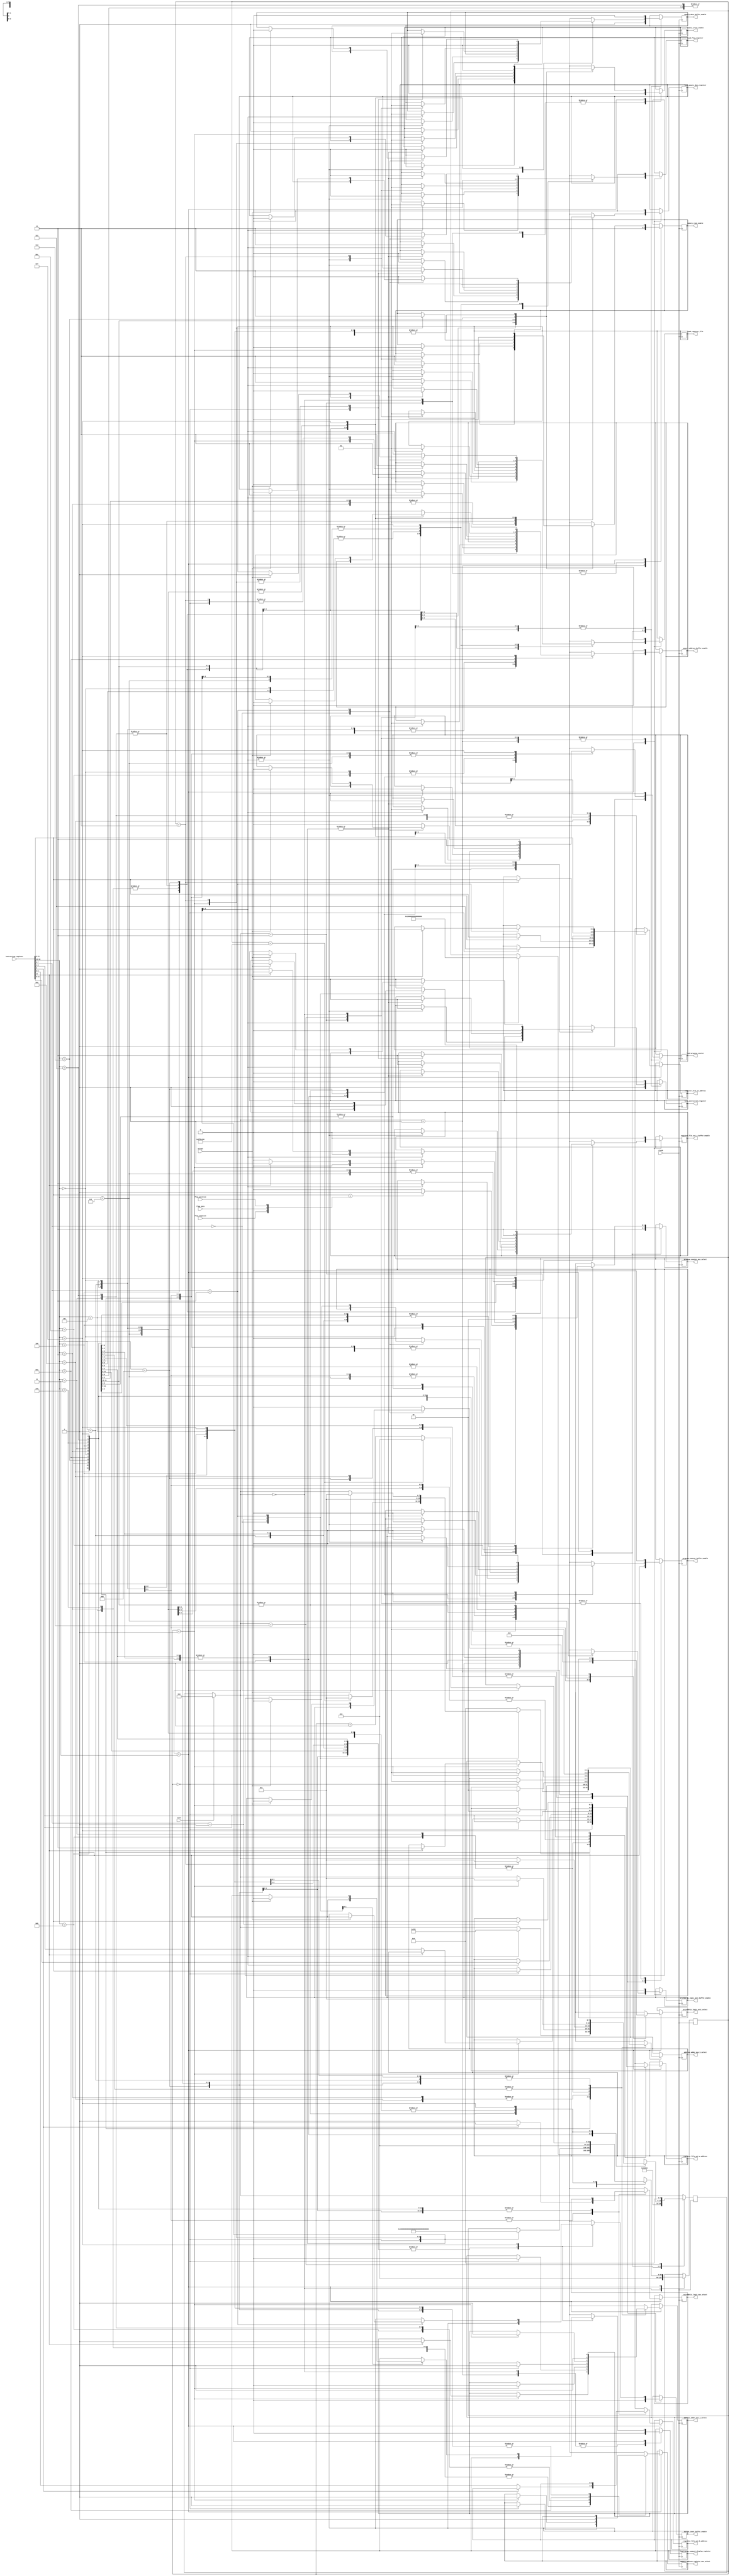
`timescale 1ns / 1ps

module finite_state_machine_controller(
    input clock, reset, flag_negative, flag_zero, flag_positive,
    input [15:0] instruction_register,
    input accept,
    output reg load_instruction_register, load_program_counter, load_register_file, load_memory_data_register, load_flag_register, load_seven_segment_display_register,
    output reg [2:0] register_file_in_address,
    output reg [2:0] register_file_out_a_address,
    output reg [2:0] register_file_out_b_address,
    output reg memory_address_register_mux_select,
    output reg [1:0] program_counter_mux_select,
    output reg address_adder_mux_a_select,
    output reg [1:0] address_adder_mux_b_select,
    output reg arithmetic_logic_mux_select,
    output reg [1:0] arithmetic_logic_unit_select,
    output reg memory_data_buffer_enable, memory_address_buffer_enable, arithmetic_logic_unit_buffer_enable, program_counter_buffer_enable, register_file_out_a_buffer_enable, switch_input_buffer_enable,
    output reg memory_read_enable, memory_write_enable
    );

    // states
    parameter RESET = 0;
    parameter SET_INSTRUCTION_ADDRESS = 1;
    parameter LOAD_INSTRUCTION_REGISTER = 2;
    parameter EXECUTE_OPCODE = 3;
    parameter HALT = 4;

    // state registers
    reg [7:0] next_state = 0; // what state it will be at next clock
    reg [63:0] next_instruction_clock_count = 0; // how many clocks have passed for this instruction

    always @(negedge clock) begin
        if (reset) begin
            next_state = RESET;
        end
        case(next_state)
            RESET: begin // reset
                load_instruction_register = 1'b0;
                load_program_counter = 1'b0;
                load_register_file = 1'b0;
                load_memory_data_register = 1'b0;
                load_flag_register = 1'b0;
                load_seven_segment_display_register = 1'b0;

                memory_data_buffer_enable = 1'b0;
                memory_address_buffer_enable = 1'b0;
                arithmetic_logic_unit_buffer_enable = 1'b0;
                program_counter_buffer_enable = 1'b0;
                register_file_out_a_buffer_enable = 1'b0;

                memory_read_enable = 1'b0;
                memory_write_enable = 1'b0;

                next_state = SET_INSTRUCTION_ADDRESS;
                next_instruction_clock_count = 0;
            end
            SET_INSTRUCTION_ADDRESS: begin// set instruction address
                load_instruction_register = 1'b0;
                load_program_counter = 1'b0;
                load_register_file = 1'b0;
                load_memory_data_register = 1'b0;
                load_flag_register = 1'b0;
                load_seven_segment_display_register = 1'b0;

                memory_data_buffer_enable = 1'b0;
                memory_address_buffer_enable = 1'b0;
                arithmetic_logic_unit_buffer_enable = 1'b0;
                program_counter_buffer_enable = 1'b1;
                register_file_out_a_buffer_enable = 1'b0;
                switch_input_buffer_enable = 1'b0;

                memory_read_enable = 1'b1;
                memory_write_enable = 1'b0;

                next_state = LOAD_INSTRUCTION_REGISTER;
            end
            LOAD_INSTRUCTION_REGISTER: begin // increment program counter, load instruction register
                memory_data_buffer_enable = 1'b1;
                memory_address_buffer_enable = 1'b0;
                arithmetic_logic_unit_buffer_enable = 1'b0;
                program_counter_buffer_enable = 1'b0;
                register_file_out_a_buffer_enable = 1'b0;

                program_counter_mux_select = 2'b10; // increment
                
                load_instruction_register = 1'b1;
                load_program_counter = 1'b1;
                load_register_file = 1'b0;
                load_memory_data_register = 1'b0;
                load_flag_register = 1'b0;

                memory_read_enable = 1'b0;
                memory_write_enable = 1'b0;

                next_state = EXECUTE_OPCODE;
            end
            EXECUTE_OPCODE: begin // decode opcode
                case(instruction_register[15:12])
                    4'b0000: begin // br
                        load_instruction_register = 1'b0;
                        load_program_counter = 1'b1;
                        load_register_file = 1'b0;
                        load_memory_data_register = 1'b0;
                        load_flag_register = 1'b0;

                        address_adder_mux_a_select = 1'b1; // use program counter
                        address_adder_mux_b_select = 2'b01; // sext9

                        memory_data_buffer_enable = 1'b0;
                        memory_address_buffer_enable = 1'b0;
                        arithmetic_logic_unit_buffer_enable = 1'b0;
                        program_counter_buffer_enable = 1'b1;
                        register_file_out_a_buffer_enable = 1'b0;

                        if (instruction_register[11:9] == {flag_negative, flag_zero, flag_positive}) begin
                            program_counter_mux_select = 2'b01; // jump
                        end else begin
                            program_counter_mux_select = 2'b00; // do not jump
                        end

                        next_state = SET_INSTRUCTION_ADDRESS;
                        next_instruction_clock_count = 0;

                    end
                    4'b0001: begin // add
                        load_instruction_register = 1'b0;
                        load_program_counter = 1'b0;
                        load_register_file = 1'b1;
                        load_memory_data_register = 1'b0;
                        load_flag_register = 1'b1;

                        memory_data_buffer_enable = 1'b0;
                        memory_address_buffer_enable = 1'b0;
                        arithmetic_logic_unit_buffer_enable = 1'b1;
                        program_counter_buffer_enable = 1'b0;
                        register_file_out_a_buffer_enable = 1'b0;

                        register_file_in_address = instruction_register[11:9];
                        register_file_out_a_address = instruction_register[8:6];
                        if (instruction_register[5] == 1'b0) begin
                            register_file_out_b_address = instruction_register[2:0];
                            arithmetic_logic_mux_select = 1;
                        end else begin
                            arithmetic_logic_mux_select = 0;
                        end
                        arithmetic_logic_unit_select = 2'b00;

                        next_state = SET_INSTRUCTION_ADDRESS;
                        next_instruction_clock_count = 0;
                    end
                    4'b0010: begin // ld
                        case(next_instruction_clock_count)  
                            0: begin // read memory to data_bus
                                load_instruction_register = 1'b0;
                                load_program_counter = 1'b0;
                                load_register_file = 1'b0;
                                load_memory_data_register = 1'b0;
                                load_flag_register = 1'b0;

                                address_adder_mux_a_select = 1'b1; // use program counter
                                address_adder_mux_b_select = 2'b01; // sext9
                                memory_address_register_mux_select = 1'b1;

                                memory_data_buffer_enable = 1'b0;
                                memory_address_buffer_enable = 1'b1;
                                arithmetic_logic_unit_buffer_enable = 1'b0;
                                program_counter_buffer_enable = 1'b0;
                                register_file_out_a_buffer_enable = 1'b0;

                                memory_read_enable = 1'b1;
                                memory_write_enable = 1'b0;

                                next_instruction_clock_count = 1;
                            end
                            1: begin // store data_bus in register
                                load_instruction_register = 1'b0;
                                load_program_counter = 1'b0;
                                load_register_file = 1'b1;
                                load_memory_data_register = 1'b0;
                                load_flag_register = 1'b1;

                                memory_data_buffer_enable = 1'b1;
                                memory_address_buffer_enable = 1'b0;
                                arithmetic_logic_unit_buffer_enable = 1'b0;
                                program_counter_buffer_enable = 1'b0;
                                register_file_out_a_buffer_enable = 1'b0;

                                register_file_in_address = instruction_register[11:9];

                                memory_read_enable = 1'b0;
                                memory_write_enable = 1'b0;

                                next_state = SET_INSTRUCTION_ADDRESS;
                                next_instruction_clock_count = 0;
                            end
                        endcase
                    end
                    4'b0011: begin // st
                        case(next_instruction_clock_count)  
                            0: begin // put register on to data_bus
                                load_instruction_register = 1'b0;
                                load_program_counter = 1'b0;
                                load_register_file = 1'b0;
                                load_memory_data_register = 1'b1;
                                load_flag_register = 1'b0;

                                memory_data_buffer_enable = 1'b0;
                                memory_address_buffer_enable = 1'b0;
                                arithmetic_logic_unit_buffer_enable = 1'b0;
                                program_counter_buffer_enable = 1'b0;
                                register_file_out_a_buffer_enable = 1'b1;

                                register_file_out_a_address = instruction_register[11:9];

                                next_instruction_clock_count = 1;
                            end
                            1: begin // put address on bus and write data to memory
                                load_instruction_register = 1'b0;
                                load_program_counter = 1'b0;
                                load_register_file = 1'b0;
                                load_memory_data_register = 1'b0;
                                load_flag_register = 1'b0;

                                address_adder_mux_a_select = 1'b1; // use program counter
                                address_adder_mux_b_select = 2'b01; // sext9
                                memory_address_register_mux_select = 1'b1;

                                memory_data_buffer_enable = 1'b0;
                                memory_address_buffer_enable = 1'b1;
                                arithmetic_logic_unit_buffer_enable = 1'b0;
                                program_counter_buffer_enable = 1'b0;
                                register_file_out_a_buffer_enable = 1'b0;

                                memory_read_enable = 1'b0;
                                memory_write_enable = 1'b1;

                                next_state = SET_INSTRUCTION_ADDRESS;
                                next_instruction_clock_count = 0;
                            end
                        endcase
                    end
                    4'b0100: begin // jsr
                        case(next_instruction_clock_count)  
                            0: begin // store return address
                                load_instruction_register = 1'b0;
                                load_program_counter = 1'b0;
                                load_register_file = 1'b1;
                                load_memory_data_register = 1'b0;
                                load_flag_register = 1'b0;

                                memory_data_buffer_enable = 1'b0;
                                memory_address_buffer_enable = 1'b0;
                                arithmetic_logic_unit_buffer_enable = 1'b0;
                                program_counter_buffer_enable = 1'b1;
                                register_file_out_a_buffer_enable = 1'b0;

                                register_file_in_address = 3'b111;

                                next_state = EXECUTE_OPCODE;
                                next_instruction_clock_count = 1;
                            end
                            1: begin // set pc
                                if (instruction_register[11] == 1'b1) begin // pc ofset mode mode
                                    load_instruction_register = 1'b0;
                                    load_program_counter = 1'b1;
                                    load_register_file = 1'b0;
                                    load_memory_data_register = 1'b0;
                                    load_flag_register = 1'b0;

                                    address_adder_mux_a_select = 1'b1; // use program counter
                                    address_adder_mux_b_select = 2'b10; // sext11
                                    program_counter_mux_select = 2'b01; // get pc from address adder

                                    memory_data_buffer_enable = 1'b0;
                                    memory_address_buffer_enable = 1'b0;
                                    arithmetic_logic_unit_buffer_enable = 1'b0;
                                    program_counter_buffer_enable = 1'b0;
                                    register_file_out_a_buffer_enable = 1'b0;

                                end else begin // register mode
                                    load_instruction_register = 1'b0;
                                    load_program_counter = 1'b1;
                                    load_register_file = 1'b0;
                                    load_memory_data_register = 1'b0;
                                    load_flag_register = 1'b0;

                                    memory_data_buffer_enable = 1'b0;
                                    memory_address_buffer_enable = 1'b0;
                                    arithmetic_logic_unit_buffer_enable = 1'b0;
                                    program_counter_buffer_enable = 1'b0;
                                    register_file_out_a_buffer_enable = 1'b1;

                                    program_counter_mux_select = 2'b00; // get pc from data bus
                                    
                                    register_file_out_a_address = instruction_register[8:6];
                                end
                                next_state = SET_INSTRUCTION_ADDRESS;
                                next_instruction_clock_count = 0;
                            end
                        endcase
                    end
                    4'b0101: begin // and
                        load_instruction_register = 1'b0;
                        load_program_counter = 1'b0;
                        load_register_file = 1'b1;
                        load_memory_data_register = 1'b0;
                        load_flag_register = 1'b1;

                        memory_data_buffer_enable = 1'b0;
                        memory_address_buffer_enable = 1'b0;
                        arithmetic_logic_unit_buffer_enable = 1'b1;
                        program_counter_buffer_enable = 1'b0;
                        register_file_out_a_buffer_enable = 1'b0;

                        register_file_in_address = instruction_register[11:9];
                        register_file_out_a_address = instruction_register[8:6];
                        if (instruction_register[5] == 1'b0) begin
                            register_file_out_b_address = instruction_register[2:0];
                            arithmetic_logic_mux_select = 1;
                        end else begin
                            arithmetic_logic_mux_select = 0;
                        end
                        arithmetic_logic_unit_select = 2'b10;

                        next_state = SET_INSTRUCTION_ADDRESS;
                        next_instruction_clock_count = 0;
                    end
                    4'b0110: begin // ldr
                        case(next_instruction_clock_count)  
                            0: begin // read memory to data_bus
                                load_instruction_register = 1'b0;
                                load_program_counter = 1'b0;
                                load_register_file = 1'b0;
                                load_memory_data_register = 1'b0;
                                load_flag_register = 1'b0;

                                register_file_out_a_address = instruction_register[8:6];
                                address_adder_mux_a_select = 1'b0; // use register
                                address_adder_mux_b_select = 2'b00; // sext6
                                memory_address_register_mux_select = 1'b1;

                                memory_data_buffer_enable = 1'b0;
                                memory_address_buffer_enable = 1'b1;
                                arithmetic_logic_unit_buffer_enable = 1'b0;
                                program_counter_buffer_enable = 1'b0;
                                register_file_out_a_buffer_enable = 1'b0;

                                memory_read_enable = 1'b1;
                                memory_write_enable = 1'b0;

                                next_instruction_clock_count = 1;
                            end
                            1: begin // store data_bus in register
                                load_instruction_register = 1'b0;
                                load_program_counter = 1'b0;
                                load_register_file = 1'b1;
                                load_memory_data_register = 1'b0;
                                load_flag_register = 1'b1;

                                memory_data_buffer_enable = 1'b1;
                                memory_address_buffer_enable = 1'b0;
                                arithmetic_logic_unit_buffer_enable = 1'b0;
                                program_counter_buffer_enable = 1'b0;
                                register_file_out_a_buffer_enable = 1'b0;

                                register_file_in_address = instruction_register[11:9];

                                memory_read_enable = 1'b0;
                                memory_write_enable = 1'b0;

                                next_state = SET_INSTRUCTION_ADDRESS;
                                next_instruction_clock_count = 0;
                            end
                        endcase
                    end
                    4'b0111: begin // str
                        case(next_instruction_clock_count)  
                            0: begin // put register on to data_bus
                                load_instruction_register = 1'b0;
                                load_program_counter = 1'b0;
                                load_register_file = 1'b0;
                                load_memory_data_register = 1'b1;
                                load_flag_register = 1'b0;

                                memory_data_buffer_enable = 1'b0;
                                memory_address_buffer_enable = 1'b0;
                                arithmetic_logic_unit_buffer_enable = 1'b0;
                                program_counter_buffer_enable = 1'b0;
                                register_file_out_a_buffer_enable = 1'b1;

                                register_file_out_a_address = instruction_register[11:9];

                                next_instruction_clock_count = 1;
                            end
                            1: begin // put address on bus and write data to memory
                                load_instruction_register = 1'b0;
                                load_program_counter = 1'b0;
                                load_register_file = 1'b0;
                                load_memory_data_register = 1'b0;
                                load_flag_register = 1'b0;

                                register_file_out_a_address = instruction_register[8:6];
                                address_adder_mux_a_select = 1'b0; // use register
                                address_adder_mux_b_select = 2'b00; // sext6
                                memory_address_register_mux_select = 1'b1;

                                memory_data_buffer_enable = 1'b0;
                                memory_address_buffer_enable = 1'b1;
                                arithmetic_logic_unit_buffer_enable = 1'b0;
                                program_counter_buffer_enable = 1'b0;
                                register_file_out_a_buffer_enable = 1'b0;

                                memory_read_enable = 1'b0;
                                memory_write_enable = 1'b1;

                                next_state = SET_INSTRUCTION_ADDRESS;
                                next_instruction_clock_count = 0;
                            end
                        endcase
                    end
                    4'b1000: begin // rti
                        next_state = SET_INSTRUCTION_ADDRESS;
                        next_instruction_clock_count = 0;
                    end
                    4'b1001: begin // not
                        load_instruction_register = 1'b0;
                        load_program_counter = 1'b0;
                        load_register_file = 1'b1;
                        load_memory_data_register = 1'b0;
                        load_flag_register = 1'b1;

                        memory_data_buffer_enable = 1'b0;
                        memory_address_buffer_enable = 1'b0;
                        arithmetic_logic_unit_buffer_enable = 1'b1;
                        program_counter_buffer_enable = 1'b0;
                        register_file_out_a_buffer_enable = 1'b0;

                        register_file_in_address = instruction_register[11:9];
                        register_file_out_a_address = instruction_register[8:6];
                        arithmetic_logic_unit_select = 2'b01;

                        next_state = SET_INSTRUCTION_ADDRESS;
                        next_instruction_clock_count = 0;

                    end
                    4'b1010: begin // ldi
                        case(next_instruction_clock_count)  
                            0: begin // read memory to data_bus
                                load_instruction_register = 1'b0;
                                load_program_counter = 1'b0;
                                load_register_file = 1'b0;
                                load_memory_data_register = 1'b0;
                                load_flag_register = 1'b0;

                                address_adder_mux_a_select = 1'b1; // use program counter
                                address_adder_mux_b_select = 2'b01; // sext9
                                memory_address_register_mux_select = 1'b1;

                                memory_data_buffer_enable = 1'b0;
                                memory_address_buffer_enable = 1'b1;
                                arithmetic_logic_unit_buffer_enable = 1'b0;
                                program_counter_buffer_enable = 1'b0;
                                register_file_out_a_buffer_enable = 1'b0;

                                memory_read_enable = 1'b1;
                                memory_write_enable = 1'b0;

                                next_instruction_clock_count = 1;
                            end
                            1: begin // get address at memory address
                                load_instruction_register = 1'b0;
                                load_program_counter = 1'b0;
                                load_register_file = 1'b0;
                                load_memory_data_register = 1'b0;
                                load_flag_register = 1'b0;

                                memory_data_buffer_enable = 1'b1;
                                memory_address_buffer_enable = 1'b0;
                                arithmetic_logic_unit_buffer_enable = 1'b0;
                                program_counter_buffer_enable = 1'b0;
                                register_file_out_a_buffer_enable = 1'b0;

                                memory_read_enable = 1'b1;
                                memory_write_enable = 1'b0;

                                next_instruction_clock_count = 2;
                            end 
                            2: begin // store data_bus in register
                                load_instruction_register = 1'b0;
                                load_program_counter = 1'b0;
                                load_register_file = 1'b1;
                                load_memory_data_register = 1'b0;
                                load_flag_register = 1'b1;

                                memory_data_buffer_enable = 1'b1;
                                memory_address_buffer_enable = 1'b0;
                                arithmetic_logic_unit_buffer_enable = 1'b0;
                                program_counter_buffer_enable = 1'b0;
                                register_file_out_a_buffer_enable = 1'b0;

                                register_file_in_address = instruction_register[11:9];

                                memory_read_enable = 1'b0;
                                memory_write_enable = 1'b0;

                                next_state = SET_INSTRUCTION_ADDRESS;
                                next_instruction_clock_count = 0;
                            end
                        endcase
                    end
                    4'b1011: begin // sti
                        case(next_instruction_clock_count)  
                            0: begin // put register on to data_bus
                                load_instruction_register = 1'b0;
                                load_program_counter = 1'b0;
                                load_register_file = 1'b0;
                                load_memory_data_register = 1'b1;
                                load_flag_register = 1'b0;

                                memory_data_buffer_enable = 1'b0;
                                memory_address_buffer_enable = 1'b0;
                                arithmetic_logic_unit_buffer_enable = 1'b0;
                                program_counter_buffer_enable = 1'b0;
                                register_file_out_a_buffer_enable = 1'b1;

                                register_file_out_a_address = instruction_register[11:9];

                                next_instruction_clock_count = 1;
                            end
                            1: begin // put address on bus and write data to memory
                                load_instruction_register = 1'b0;
                                load_program_counter = 1'b0;
                                load_register_file = 1'b0;
                                load_memory_data_register = 1'b0;
                                load_flag_register = 1'b0;

                                address_adder_mux_a_select = 1'b1; // use program counter
                                address_adder_mux_b_select = 2'b01; // sext9
                                memory_address_register_mux_select = 1'b1;

                                memory_data_buffer_enable = 1'b0;
                                memory_address_buffer_enable = 1'b1;
                                arithmetic_logic_unit_buffer_enable = 1'b0;
                                program_counter_buffer_enable = 1'b0;
                                register_file_out_a_buffer_enable = 1'b0;

                                memory_read_enable = 1'b1;
                                memory_write_enable = 1'b0;

                                next_instruction_clock_count = 2;
                            end
                            2: begin // get address at memory address and write
                                load_instruction_register = 1'b0;
                                load_program_counter = 1'b0;
                                load_register_file = 1'b0;
                                load_memory_data_register = 1'b0;
                                load_flag_register = 1'b0;

                                memory_data_buffer_enable = 1'b1;
                                memory_address_buffer_enable = 1'b0;
                                arithmetic_logic_unit_buffer_enable = 1'b0;
                                program_counter_buffer_enable = 1'b0;
                                register_file_out_a_buffer_enable = 1'b0;

                                memory_read_enable = 1'b0;
                                memory_write_enable = 1'b1;
                                
                                next_state = SET_INSTRUCTION_ADDRESS;
                                next_instruction_clock_count = 0;
                            end
                        endcase
                    end
                    4'b1100: begin // jmp
                        load_instruction_register = 1'b0;
                        load_program_counter = 1'b1;
                        load_register_file = 1'b0;
                        load_memory_data_register = 1'b0;
                        load_flag_register = 1'b0;

                        memory_data_buffer_enable = 1'b0;
                        memory_address_buffer_enable = 1'b0;
                        arithmetic_logic_unit_buffer_enable = 1'b0;
                        program_counter_buffer_enable = 1'b0;
                        register_file_out_a_buffer_enable = 1'b1;

                        register_file_out_a_address = instruction_register[8:6];
                        program_counter_mux_select = 2'b00; // jump

                        next_state = SET_INSTRUCTION_ADDRESS;
                        next_instruction_clock_count = 0;
                    end
                    4'b1101: begin // reserved
                        load_instruction_register = 1'b0;
                        load_program_counter = 1'b0;
                        load_register_file = 1'b0;
                        load_memory_data_register = 1'b0;
                        load_flag_register = 1'b0;

                        memory_data_buffer_enable = 1'b0;
                        memory_address_buffer_enable = 1'b0;
                        arithmetic_logic_unit_buffer_enable = 1'b0;
                        program_counter_buffer_enable = 1'b0;
                        register_file_out_a_buffer_enable = 1'b0;

                        memory_read_enable = 1'b0;
                        memory_write_enable = 1'b0;

                        next_state = SET_INSTRUCTION_ADDRESS;
                        next_instruction_clock_count = 0;
                    end
                    4'b1110: begin // lea
                        load_instruction_register = 1'b0;
                        load_program_counter = 1'b0;
                        load_register_file = 1'b1;
                        load_memory_data_register = 1'b0;
                        load_flag_register = 1'b1;

                        address_adder_mux_a_select = 1'b1; // use program counter
                        address_adder_mux_b_select = 2'b01; // sext9
                        memory_address_register_mux_select = 1'b1;
                        register_file_in_address = instruction_register[11:9];

                        memory_data_buffer_enable = 1'b0;
                        memory_address_buffer_enable = 1'b1;
                        arithmetic_logic_unit_buffer_enable = 1'b0;
                        program_counter_buffer_enable = 1'b0;
                        register_file_out_a_buffer_enable = 1'b0;

                        next_state = SET_INSTRUCTION_ADDRESS;
                        next_instruction_clock_count = 0;
                    end
                    4'b1111: begin // trap
                        case(instruction_register[7:0])
                            0: begin // wait 1 seccond, 100000000 cycles
                                if (next_instruction_clock_count == 100000000) begin
                                    next_instruction_clock_count = 0;
                                    next_state = SET_INSTRUCTION_ADDRESS;
                                end else begin
                                    next_instruction_clock_count = next_instruction_clock_count + 1;
                                end
                            end
                            1: begin // write to seven segment display
                                register_file_out_a_address = instruction_register[11:9];
                                
                                load_instruction_register = 1'b0;
                                load_program_counter = 1'b0;
                                load_register_file = 1'b0;
                                load_memory_data_register = 1'b0;
                                load_flag_register = 1'b0;
                                load_seven_segment_display_register = 1'b1;

                                memory_data_buffer_enable = 1'b0;
                                memory_address_buffer_enable = 1'b0;
                                arithmetic_logic_unit_buffer_enable = 1'b0;
                                program_counter_buffer_enable = 1'b0;
                                register_file_out_a_buffer_enable = 1'b1;
                        
                                next_state = SET_INSTRUCTION_ADDRESS;
                            end
                            2: begin // get user input
                                if (accept) begin
                                    register_file_in_address = instruction_register[11:9];
                                
                                    load_instruction_register = 1'b0;
                                    load_program_counter = 1'b0;
                                    load_register_file = 1'b1;
                                    load_memory_data_register = 1'b0;
                                    load_flag_register = 1'b0;
                                    load_seven_segment_display_register = 1'b0;

                                    memory_data_buffer_enable = 1'b0;
                                    memory_address_buffer_enable = 1'b0;
                                    arithmetic_logic_unit_buffer_enable = 1'b0;
                                    program_counter_buffer_enable = 1'b0;
                                    register_file_out_a_buffer_enable = 1'b0;
                                    switch_input_buffer_enable = 1'b1;
                        
                                    next_state = SET_INSTRUCTION_ADDRESS;
                                end
                            end

                            default: begin // halt
                                load_instruction_register = 1'b0;
                                load_program_counter = 1'b0;
                                load_register_file = 1'b0;
                                load_memory_data_register = 1'b0;
                                load_flag_register = 1'b0;

                                memory_data_buffer_enable = 1'b0;
                                memory_address_buffer_enable = 1'b0;
                                arithmetic_logic_unit_buffer_enable = 1'b0;
                                program_counter_buffer_enable = 1'b0;
                                register_file_out_a_buffer_enable = 1'b0;

                                next_state = HALT;
                            end
                        endcase
                    end
                endcase
            end
            HALT: begin // halt
                load_instruction_register = 1'b0;
                load_program_counter = 1'b0;
                load_register_file = 1'b0;
                load_memory_data_register = 1'b0;
                load_flag_register = 1'b0;

                memory_data_buffer_enable = 1'b0;
                memory_address_buffer_enable = 1'b0;
                arithmetic_logic_unit_buffer_enable = 1'b0;
                program_counter_buffer_enable = 1'b0;
                register_file_out_a_buffer_enable = 1'b0;

                next_state = HALT;
            end
        endcase
    end
endmodule